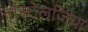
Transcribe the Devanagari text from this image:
नॉस्टेलजिया